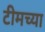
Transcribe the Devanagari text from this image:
टीमच्या